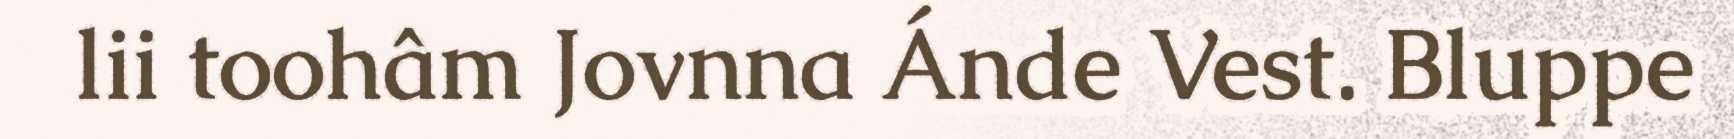
lii toohâm Jovnna Ánde Vest. Bluppe